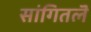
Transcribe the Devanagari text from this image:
सांगितलॆ